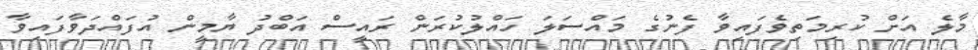
މާލެ އަށް ކުރިމަތިވެފައިވާ ފެނުގެ މައްސަލަ ހައްލުކުރަން ރައީސް އަބްދު ޔާމީން އުފައްދަވާފައިވާ